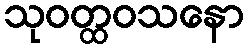
သုဝတ္ထဝသနော